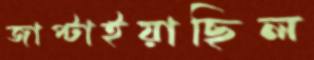
জাপ্‌টাইয়াছিল